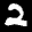
Label: 2